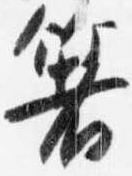
箸